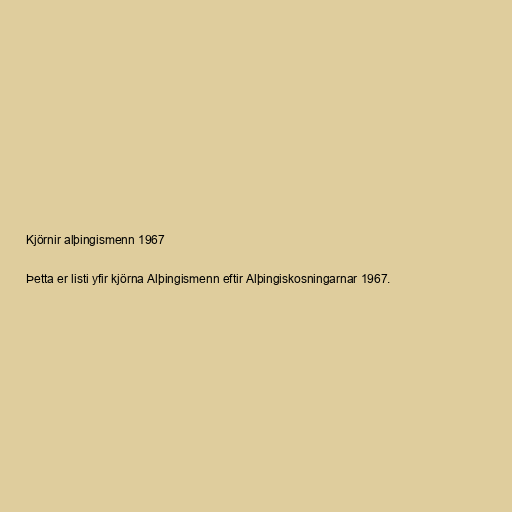
Kjörnir alþingismenn 1967

Þetta er listi yfir kjörna Alþingismenn eftir Alþingiskosningarnar 1967.